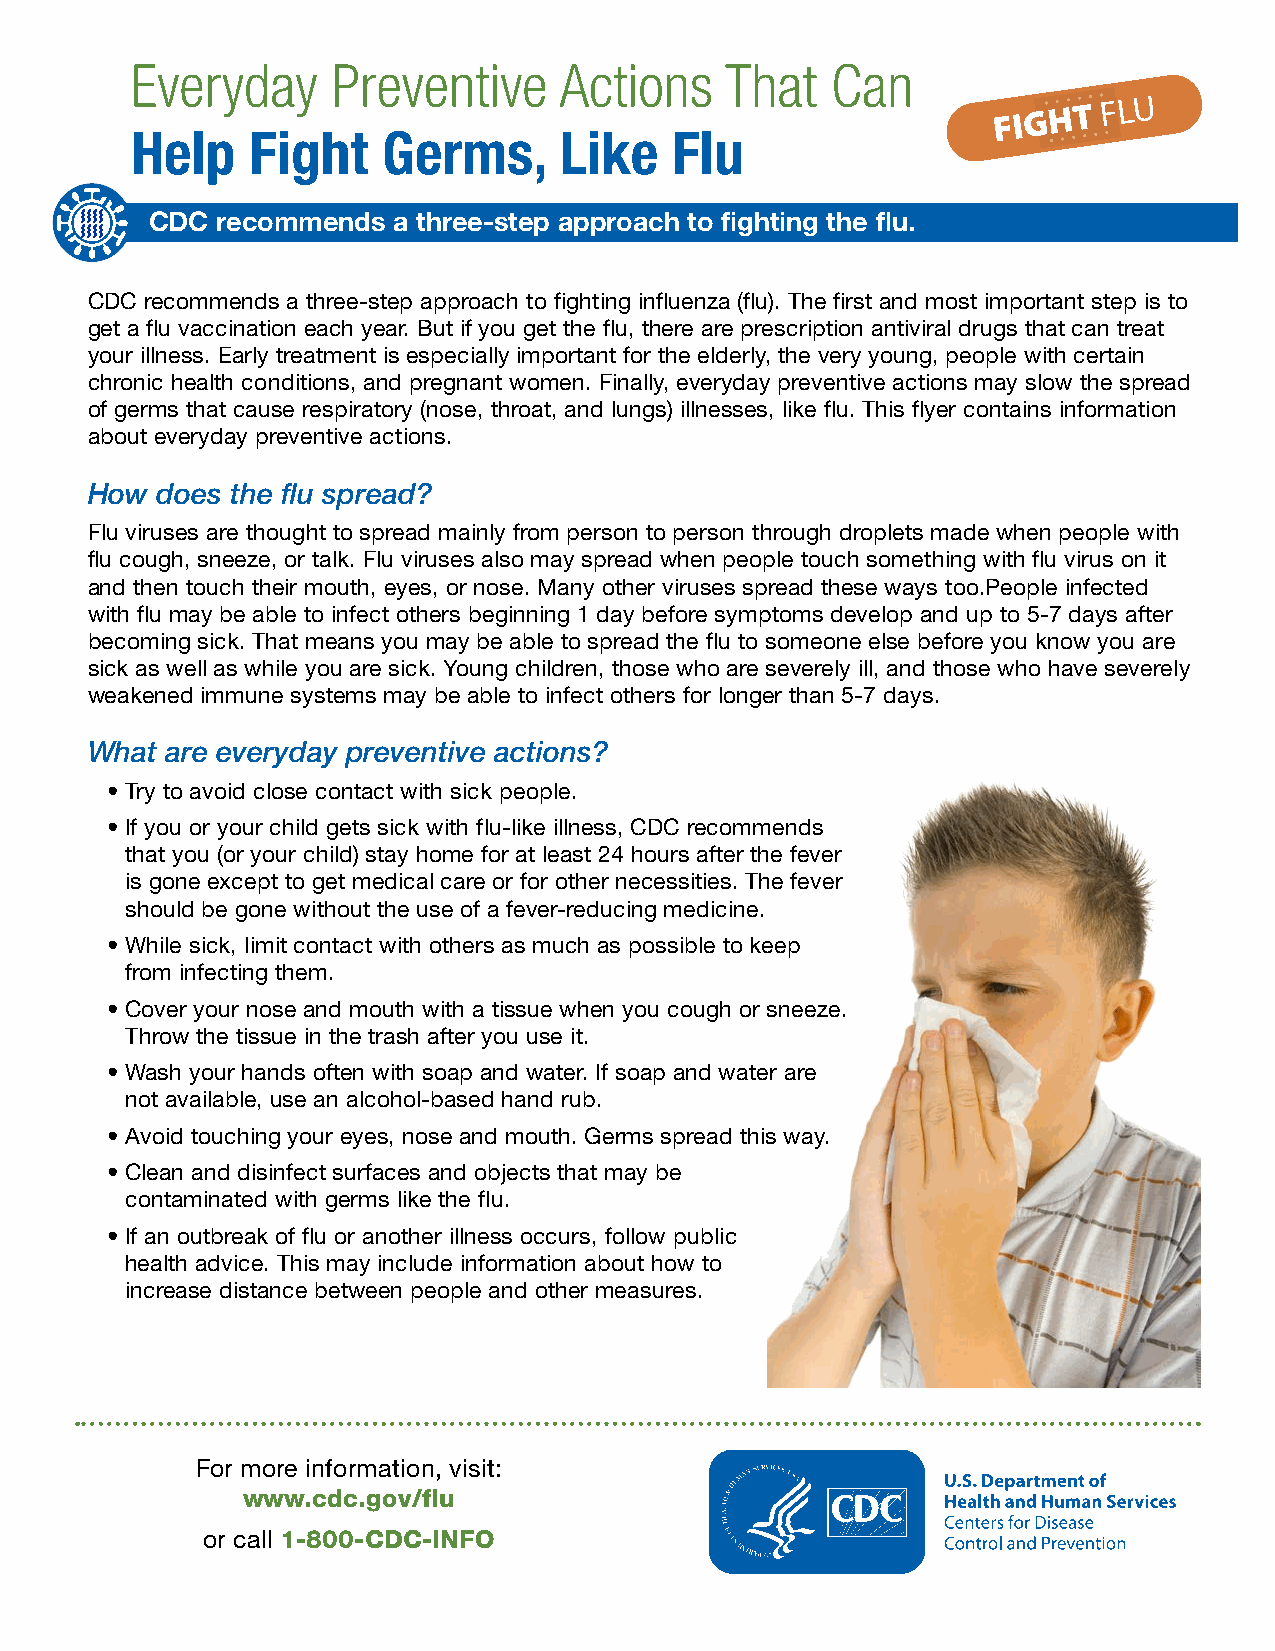
Everyday     Preventive     Actions    That   Can
 Help    Fight   Germs,      Like    Flu
 CDC recommends  a three-step approach to fighting the flu.
 CDC recommends a three-step approach to fighting influenza (flu). The first and most important step is to
 get a flu vaccination each year. But if you get the flu, there are prescription antiviral drugs that can treat
 your illness. Early treatment is especially important for the elderly, the very young, people with certain
 chronic health conditions, and pregnant women. Finally, everyday preventive actions may slow the spread
 of germs that cause respiratory (nose, throat, and lungs) illnesses, like flu. This flyer contains information
 about everyday preventive actions.
 How does the flu spread?
 Flu viruses are thought to spread mainly from person to person through droplets made when people with
 flu cough, sneeze, or talk. Flu viruses also may spread when people touch something with flu virus on it
 and then touch their mouth, eyes, or nose. Many other viruses spread these ways too.People infected
 with flu may be able to infect others beginning 1 day before symptoms develop and up to 5-7 days after
 becoming sick. That means you may be able to spread the flu to someone else before you know you are
 sick as well as while you are sick. Young children, those who are severely ill, and those who have severely
 weakened immune systems may be able to infect others for longer than 5-7 days.
 What are everyday preventive actions?
 • Try to avoid close contact with sick people.
 • If you or your child gets sick with flu-like illness, CDC recommends
 that you (or your child) stay home for at least 24 hours after the fever
 is gone except to get medical care or for other necessities. The fever
 should be gone without the use of a fever-reducing medicine.
 • While sick, limit contact with others as much as possible to keep
 from infecting them.
 • Cover your nose and mouth with a tissue when you cough or sneeze.
 Throw the tissue in the trash after you use it.
 • Wash your hands often with soap and water. If soap and water are
 not available, use an alcohol-based hand rub.
 • Avoid touching your eyes, nose and mouth. Germs spread this way.
 • Clean and disinfect surfaces and objects that may be
 contaminated with germs like the flu.
 • If an outbreak of flu or another illness occurs, follow public
 health advice. This may include information about how to
 increase distance between people and other measures.
 For more information, visit:
 www.cdc.gov/flu
 or call 1-800-CDC-INFO